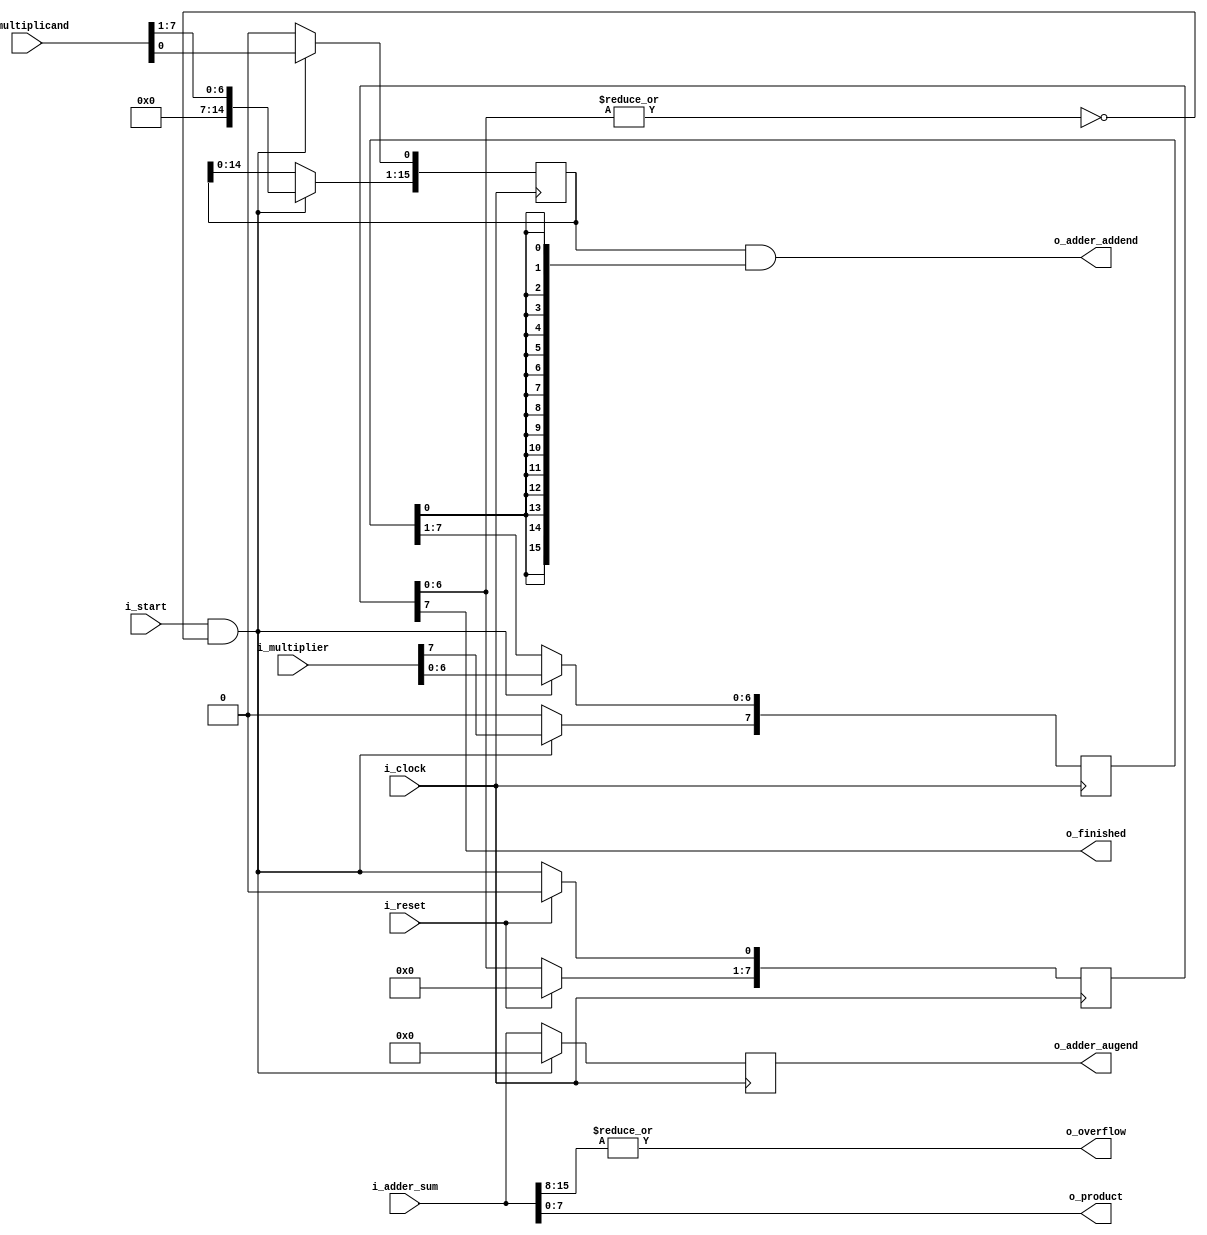
/* =================================================
 * MULTIPLIER: product = multiplicand * multiplier
 * ================================================= */

module Multiplier
#(
	parameter N = 8
)
(
	// CONTROL //

	input wire i_clock,
	input wire i_reset,
	input wire i_start,
	output wire o_finished,

	// DATA //

	input wire [N - 1 : 0] i_multiplicand,
	input wire [N - 1 : 0] i_multiplier,
	output wire [N - 1 : 0] o_product,   // N bits * N bits requires at most 2N bits
	output wire o_overflow,              // asserted if product exceeds N bits

	// ADDER //

	output wire [(2 * N) - 1 : 0] o_adder_augend,
	output wire [(2 * N) - 1 : 0] o_adder_addend,
	input wire [(2 * N) - 1 : 0] i_adder_sum
);
	// STATE MACHINE //

	reg [N - 1: 0] state;
	wire start;

	// NOR gating to prevent more than one "hot" bit
	assign start = i_start & (~|state[N - 2 : 0]);

	always @ (posedge i_clock) begin
		if (i_reset) begin
			state <= 0;
		end else begin
			// shift one-hot state
			state[0] <= start;
			state[N - 1 : 1] <= state[N - 2 : 0];
		end
	end

	assign o_finished = state[N - 1];

	// MULTIPLICAND //

	reg [(2 * N) - 1 : 0] multiplicand;   // shift register

	always @ (posedge i_clock) begin
		if (start) begin
			// load input value
			multiplicand <= {{N{1'b0}}, i_multiplicand};
		end else begin
			// left shift
			multiplicand[(2 * N) - 1 : 1] <= multiplicand[(2 * N) - 2 : 0];
			multiplicand[0] <= 1'b0;
		end
	end

	// MULTIPLIER //

	reg [N - 1 : 0] multiplier;   // shift register

	always @ (posedge i_clock) begin
		if (start) begin
			// load input value
			multiplier <= i_multiplier;
		end else begin
			// right shift
			multiplier[N - 1] <= 1'b0;
			multiplier[N - 2 : 0] <= multiplier[N - 1 : 1];
		end
	end

	// MULTIPLY //

	wire [(2 * N) - 1 : 0] partial_product;

	// binary multiplication using bitwise AND with multiplier LSB
	assign partial_product = multiplicand & {(2 * N){multiplier[0]}};

	// ACCUMULATE //

	wire [(2 * N) - 1 : 0] sum;      // accumulator output
	reg [(2 * N) - 1 : 0] product;   // accumulation register

	// accumulate partial products
	assign o_adder_augend = product;
	assign o_adder_addend = partial_product;
	assign sum = i_adder_sum;
	// carry is not required because the sum will never exceed 2N bits

	always @ (posedge i_clock) begin
		if (start) begin
			// reset product to 0
			product <= 0;
		end else begin
			// save latest product
			product <= sum;
		end
	end

	// OVERFLOW //

	assign o_overflow = |sum[(2 * N) - 1 : N];   // overflow occurs when top N bits are non-zero

	// PRODUCT //

	assign o_product = sum[N - 1 : 0];   // discard top N bits

endmodule